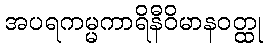
အပရကမ္မကာရိနီဝိမာနဝတ္ထု